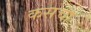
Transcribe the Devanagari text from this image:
कसचा